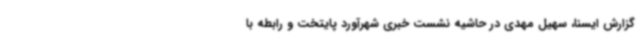
گزارش ایسنا، سهیل مهدی در حاشیه نشست خبری شهرآورد پایتخت و رابطه با